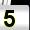
Digit: 5